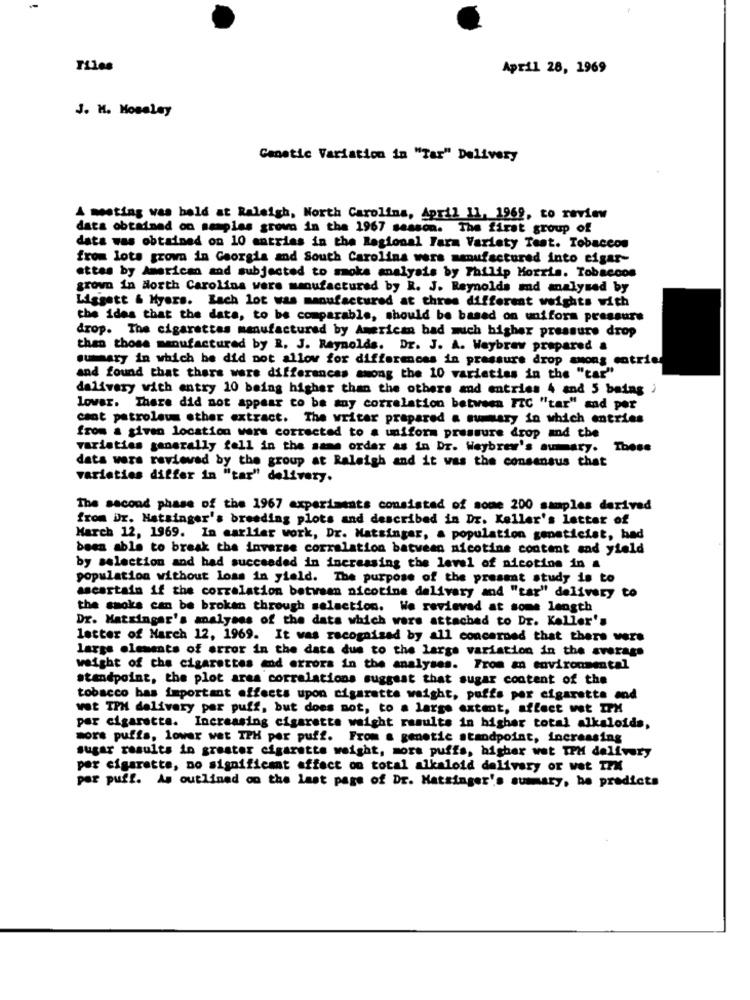
Tiles
April 28, 1969
J. M. Moseley
Genetic Variation in "Tar" Delivery
A meeting vas bald at Raleigh, North Carolina, April 11, 1969, to review
data obtained on samples grown in the 1967 season. The first group of
data was obtained on 10 entries in the Regional Farm Variety Test. Tobaccos
from lots grown in Georgia and South Carolina wers manufactured into cigar-
ettes by American and subjected to smoke analysis by Philip Morris. Tobaccos
grown in North Carolina were manufactured by R. J. Reynolds ad analysed by
Liggett & Myers. Lach lot was manufactured at three different weights with
the ides that the data, to be comparable, should be based on uniform pressure
drop. The cigarettes manufactured by American bad much higher pressure drop
than those manufactured by R. J. Reynolds. Dr. J. A. Waybraw prepared a
summary in which he did not allow for differences in pressure drop among cntric
and found that there were differences among the 10 varieties in the "car"
dalivery with entry 10 being higher than the others and entries 4 and 5 being )
lover. There did not appear to be any correlation between FIC "tar" and per
cant petroleum other extract. The writer prepared a summary in which entries
from a given location wors corrected to a uniform pressure drop and the
varieties generally fell in the same order as in Dr. Weybrew's summary. These
data wars reviewed by the group at Raleigh and it was the consensus that
varieties differ in "tar" delivery.
The second phase of the 1967 experiments consisted of some 200 samples derived
from Dr. Hatsinger's breeding plots and described in Dr. Keller's letter of
March 12, 1969. In carlier work, Dr. Matsingar, a population geneticist, had
been able to break the inverse correlation batvean nicotine content and yield
by selection and had succeeded in increasing the level of nicotine in a
population without loss in yield. The purpose of the present study is to
ascertain if the correlation between nicotine delivery and "tar" delivery to
the smoke can be broken through selection. We revieved at some length
Dr. Matxingar's analyses of the data which were attached to Dr. Keller's
letter of March 12, 1969. It was recognized by all concerned that there were
large elements of error in the data due to the large variation in the average
weight of the cigarettes and errors in the analyses. From an environmental
standpoint, the plot area correlations suggest that sugar content of the
tobacco bas important effects upon cigarette waight, puffs por cigarette and
wot TPM delivery par puff, but does not, to a large extent, affect wet IPX
per cigaretta. Increasing cigarette waight results in higher total alkaloids,
more puffs, lower wet TPH per puff. From a genetic standpoint, increasing
sugar results in greater cigarette weight, more puffs, higher wat IPH delivery
per cigarette, no significant affect on total alkaloid delivery or wet TEX
por puff. As outlined on the last page of DE. Hatsinger's summary, he predicts